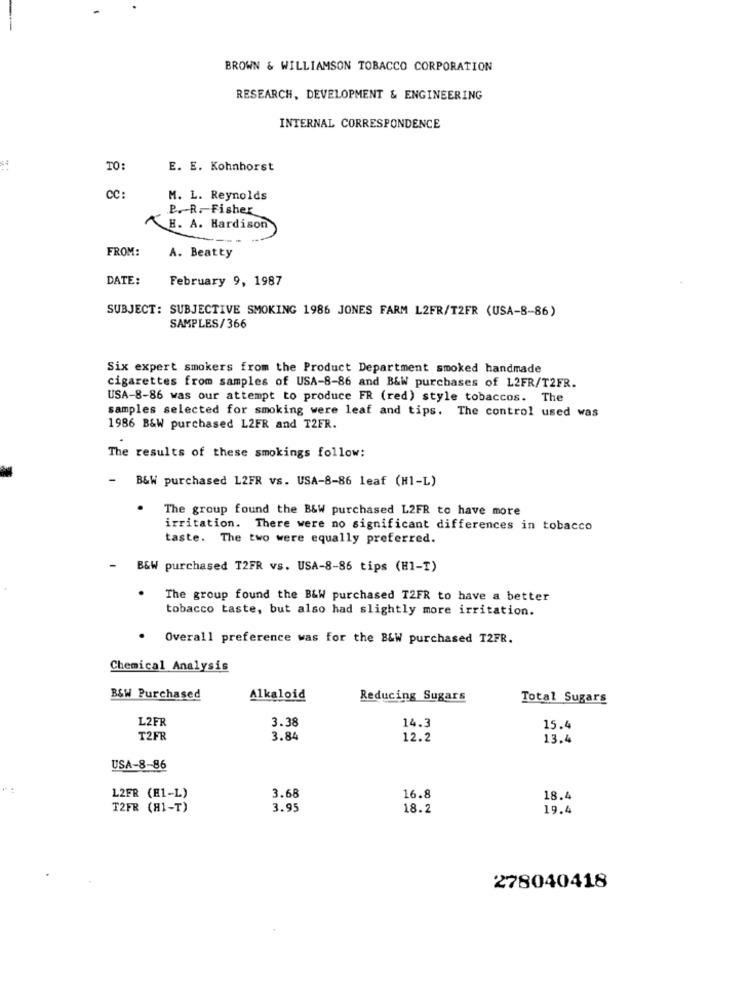
BROWN & WILLIAMSON TOBACCO CORPORATION
RESEARCH, DEVELOPMENT & ENGINEERING
INTERNAL CORRESPONDENCE
TO:
E. E. Kohnhorst
CC:
M. L. Reynolds
P. R. Fisher
H. A. Hardison
FROM:
A. Beatty
DATE:
February 9, 1987
SUBJECT: SUBJECTIVE SMOKING 1986 JONES FARM L2FR/T2FR (USA-8-86)
SAMPLES/366
Six expert smokers from the Product Department smoked handmade
cigarettes from samples of USA-8-86 and B&W purchases of L2FR/T2FR.
USA-8-86 was our attempt to produce FR (red) style tobaccos. The
samples selected for smoking were leaf and tips. The control used was
1986 B&W purchased L2FR and T2FR.
The results of these smokings follow:
- B&W purchased L2FR vs. USA-8-86 leaf (H1-L)
The group found the B&W purchased L2FR to have more
irritation. There were no significant differences in tobacco
taste. The two were equally preferred.
-
B&W purchased T2FR vs. USA-8-86 tips (H1-T)
The group found the B&W purchased T2FR to have a better
tobacco taste, but also had slightly more irritation.
Overall preference was for the B&W purchased T2FR.
Chemical Analysis
B&W Purchased
Alkaloid
Reducing Sugars
Total Sugars
L2FR
14.3
3.38
15.4
T2FR
3.84
12.2
13.4
USA-8-86
L2FR (H1-L)
3.68
16.8
18.4
T2FR (H1-T)
3.95
18.2
19.4
278040418